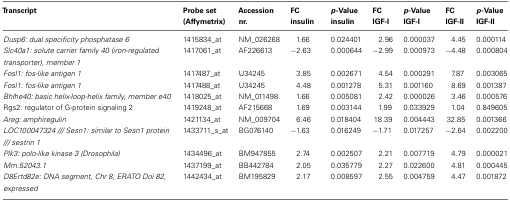
<table><thead><tr><td><b>Transcript</b></td><td><b>Probe set (Affymetrix)</b></td><td><b>Accession nr.</b></td><td><b>FC insulin</b></td><td><b><i>p</i>-Value insulin</b></td><td><b>FC IGF-I</b></td><td><b><i>p</i>-Value IGF-I</b></td><td><b>FC IGF-II</b></td><td><b><i>p</i>-Value IGF-II</b></td></tr></thead><tbody><tr><td><i>Dusp6: dual specificity phosphatase 6</i></td><td>1415834_at</td><td>NM_026268</td><td>1.66</td><td>0.024401</td><td>2.96</td><td>0.000037</td><td>4.45</td><td>0.000114</td></tr><tr><td><i>Slc40a1: solute carrier family 40 (iron-regulated transporter), member 1</i></td><td>1417061_at</td><td>AF226613</td><td>−2.63</td><td>0.000644</td><td>−2.99</td><td>0.000973</td><td>−4.48</td><td>0.000804</td></tr><tr><td><i>Fosl1: fos-like antigen 1</i></td><td>1417487_at</td><td>U34245</td><td>3.85</td><td>0.002671</td><td>4.54</td><td>0.000291</td><td>7.87</td><td>0.003065</td></tr><tr><td><i>Fosl1: fos-like antigen 1</i></td><td>1417488_at</td><td>U34245</td><td>4.48</td><td>0.001278</td><td>5.31</td><td>0.001160</td><td>8.69</td><td>0.001387</td></tr><tr><td><i>Bhlhe40: basic helix-loop-helix family, member e40</i></td><td>1418025_at</td><td>NM_011498</td><td>1.66</td><td>0.005081</td><td>2.42</td><td>0.000026</td><td>3.46</td><td>0.000576</td></tr><tr><td>Rgs2: regulator of G-protein signaling 2</td><td>1419248_at</td><td>AF215668</td><td>1.69</td><td>0.003144</td><td>1.99</td><td>0.033929</td><td>1.04</td><td>0.849605</td></tr><tr><td><i>Areg: amphiregulin</i></td><td>1421134_at</td><td>NM_009704</td><td>6.46</td><td>0.018404</td><td>18.39</td><td>0.004443</td><td>32.85</td><td>0.001366</td></tr><tr><td><i>LOC100047324 /// Sesn1: similar to Sesn1 protein /// sestrin 1</i></td><td>1433711_s_at</td><td>BG076140</td><td>−1.63</td><td>0.016249</td><td>−1.71</td><td>0.017257</td><td>−2.64</td><td>0.002200</td></tr><tr><td><i>Plk3: polo-like kinase 3 (Drosophila)</i></td><td>1434496_at</td><td>BM947855</td><td>2.74</td><td>0.002507</td><td>2.21</td><td>0.007719</td><td>4.79</td><td>0.000021</td></tr><tr><td><i>Mm.52043.1</i></td><td>1437199_at</td><td>BB442784</td><td>2.05</td><td>0.035779</td><td>2.27</td><td>0.022600</td><td>4.81</td><td>0.000445</td></tr><tr><td><i>D8Ertd82e: DNA segment, Chr 8, ERATO Doi 82, expressed</i></td><td>1442434_at</td><td>BM195829</td><td>2.17</td><td>0.008597</td><td>2.55</td><td>0.004759</td><td>4.47</td><td>0.001872</td></tr></tbody></table>